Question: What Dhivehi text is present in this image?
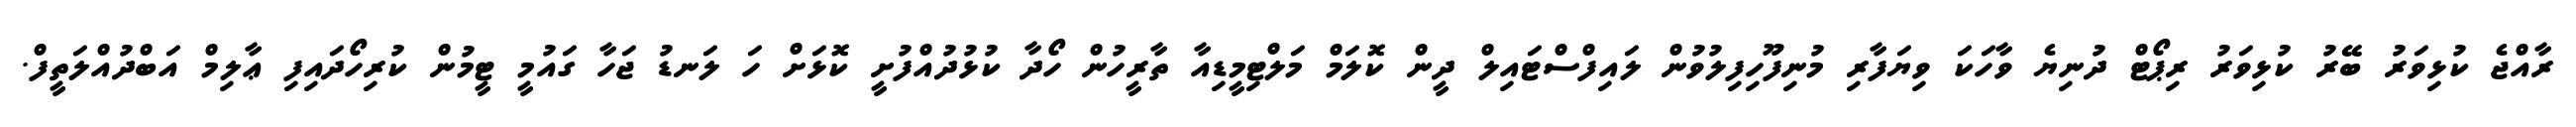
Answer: ރާއްޖެ ކުޅިވަރު ބޭރު ކުޅިވަރު ރިޕޯޓް ދުނިޔެ ވާހަކަ ވިޔަފާރި މުނިފޫހިފިލުވުން ލައިފްސްޓައިލް ދީން ކޮލަމް މަލްޓިމީޑިއާ ތާރީހުން ހޯދާ ކުޅުދުއްފުށީ ކޮޅަށް ހަ ލަނޑު ޖަހާ ގައުމީ ޓީމުން ކުރިހޯދައިފި ޢާލިމް އަބްދުއްލަތީފް.